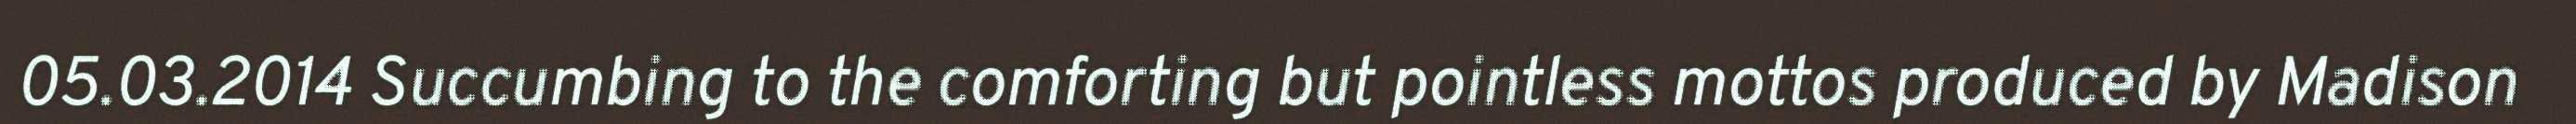
05.03.2014 Succumbing to the comforting but pointless mottos produced by Madison